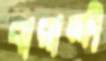
বারান্দী